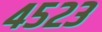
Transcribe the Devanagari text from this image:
४५२३